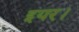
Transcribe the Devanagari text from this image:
इयर।